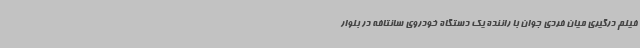
فیلم درگیری میان فردی جوان با راننده یک دستگاه خودروی سانتافه در بلوار